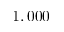
1 , 0 0 0